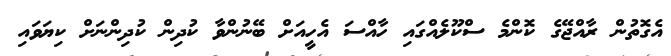
އެގޮތުން ރާއްޖޭގެ ކޮންމެ ސްކޫލެއްގައި ހާއްސަ އެހީއަށް ބޭނުންވާ ކުދިން ކުދިންނަށް ކިޔަވައި